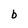
Character: b